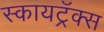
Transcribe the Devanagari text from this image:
स्कायट्रॅक्स